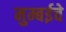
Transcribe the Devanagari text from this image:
मुम्बईचे